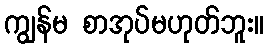
ကျွန်မ စာအုပ်မဟုတ်ဘူး။